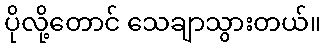
ပိုလို့တောင် သေချာသွားတယ်။